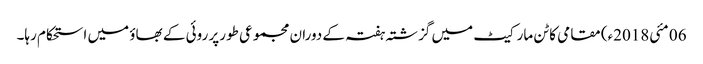
06 مئی2018ء) مقامی کاٹن مارکیٹ میں گزشتہ ہفتہ کے دوران مجموعی طورپر روئی کے بھاؤ میں استحکام رہا۔